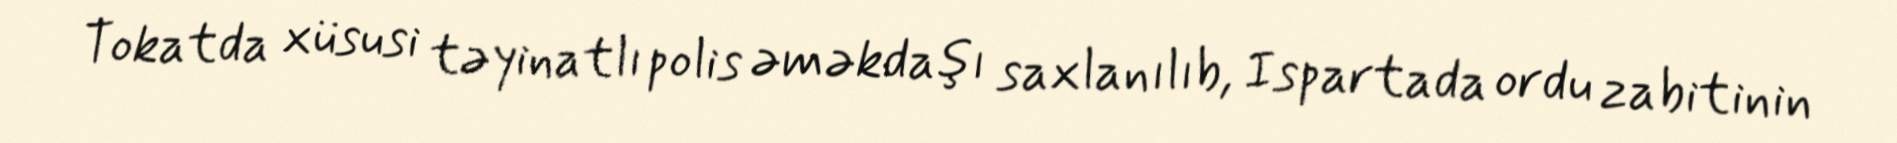
Tokatda xüsusi təyinatlı polis əməkdaşı saxlanılıb, Ispartada ordu zabitinin